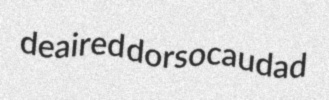
deaired dorsocaudad